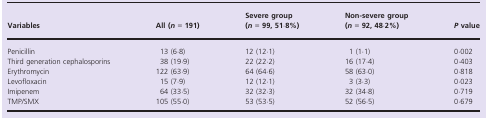
<table><thead><tr><td><b>Variables</b></td><td><b>All (<i>n</i> = 191)</b></td><td><b>Severe group (<i>n</i> = 99, 51·8%)</b></td><td><b>Non-severe group (<i>n</i> = 92, 48·2%)</b></td><td><b><i>P</i> value</b></td></tr></thead><tbody><tr><td>Penicillin</td><td>13 (6·8)</td><td>12 (12·1)</td><td>1 (1·1)</td><td>0·002</td></tr><tr><td>Third generation cephalosporins</td><td>38 (19·9)</td><td>22 (22·2)</td><td>16 (17·4)</td><td>0·403</td></tr><tr><td>Erythromycin</td><td>122 (63·9)</td><td>64 (64·6)</td><td>58 (63·0)</td><td>0·818</td></tr><tr><td>Levofloxacin</td><td>15 (7·9)</td><td>12 (12·1)</td><td>3 (3·3)</td><td>0·023</td></tr><tr><td>Imipenem</td><td>64 (33·5)</td><td>32 (32·3)</td><td>32 (34·8)</td><td>0·719</td></tr><tr><td>TMP/SMX</td><td>105 (55·0)</td><td>53 (53·5)</td><td>52 (56·5)</td><td>0·679</td></tr></tbody></table>